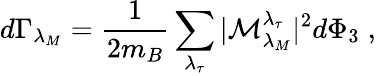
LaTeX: d\Gamma_{\lambda_{M}}=\frac{1}{2m_{B}}\sum_{\lambda_{\tau}}|{\cal M}_{\lambda_{M}}^{\lambda_{\tau}}|^{2}d\Phi_{3}\; ,